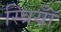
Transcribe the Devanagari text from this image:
स्त्रियॉँ